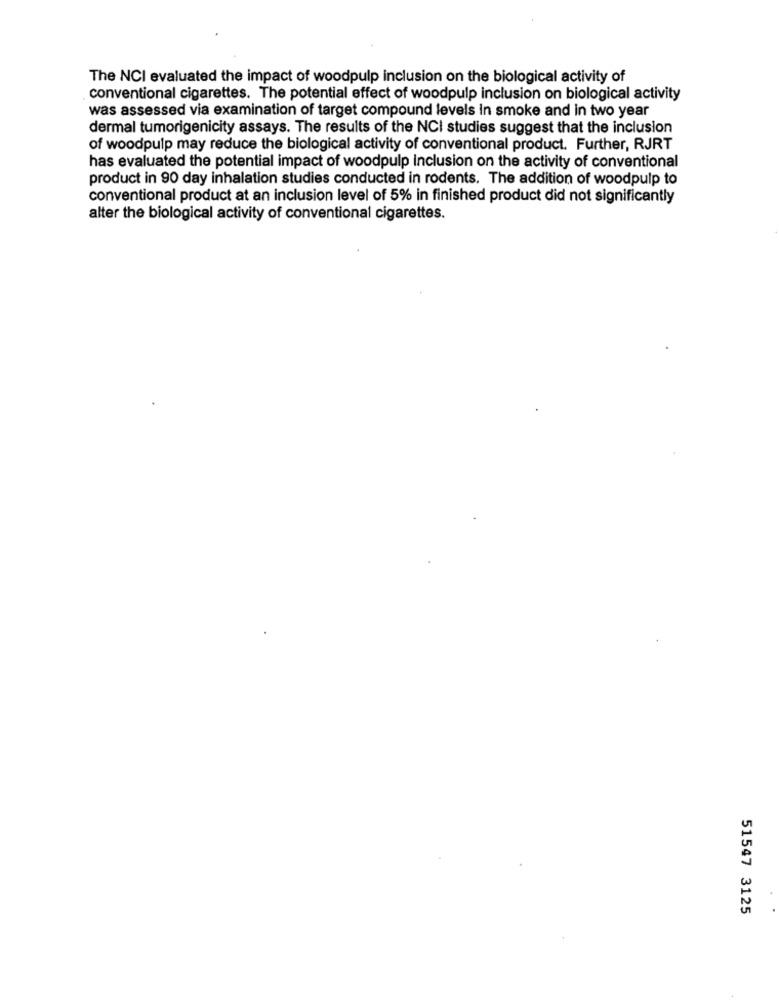
The NCI evaluated the impact of woodpulp inclusion on the biological activity of
conventional cigarettes. The potential effect of woodpulp inclusion on biological activity
was assessed via examination of target compound levels In smoke and in two year
dermal tumorigenicity assays. The results of the NCI studies suggest that the inclusion
of woodpulp may reduce the biological activity of conventional product. Further, RJRT
has evaluated the potential impact of woodpulp Inclusion on the activity of conventional
product in 90 day inhalation studies conducted in rodents. The addition of woodpulp to
conventional product at an inclusion level of 5% in finished product did not significantly
alter the biological activity of conventional cigarettes.
51547 3125